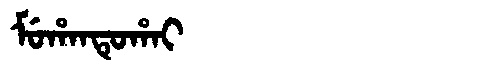
Manchu: ᠮᡠᡥᠠᠨᡨᡠᡥᠠᡳ
Romanization: MUHANTUHAI